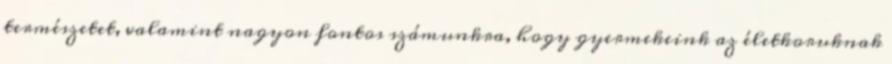
természetet, valamint nagyon fontos számunkra, hogy gyermekeink az életkoruknak